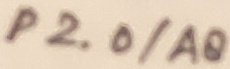
Text: P2.0/A8